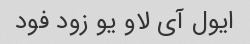
ایول آی لاو یو زود فود